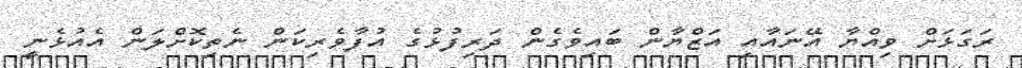
ރަގަޅަށް ވިއްޔާ އޭނައާއި އަޒްޔާން ބައިވެގެން ދަރިފުޅުގެ އުފާވެރިކަން ނެތިކޮށްލަން އެއުޅެނީ